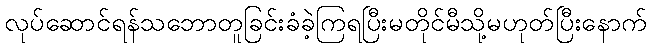
လုပ်ဆောင်ရန်သဘောတူခြင်းခံခဲ့ကြရပြီးမတိုင်မီသို့မဟုတ်ပြီးနောက်